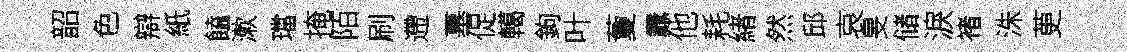
韶色辯紙饁漱璫掩陌刷遰墓促轕鉤叶藑纛他耗緖然邱哀旻储淚褚洙茰